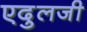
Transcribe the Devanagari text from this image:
एदुलजी